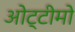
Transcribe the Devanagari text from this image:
ओट्टीमो